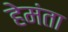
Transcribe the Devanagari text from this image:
हेमंता